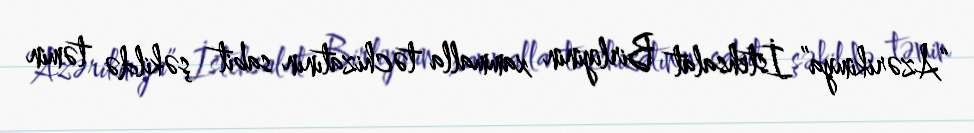
“Azərikimya” İstehsalat Birliyinin xammalla təchizatının sabit şəkildə təmin